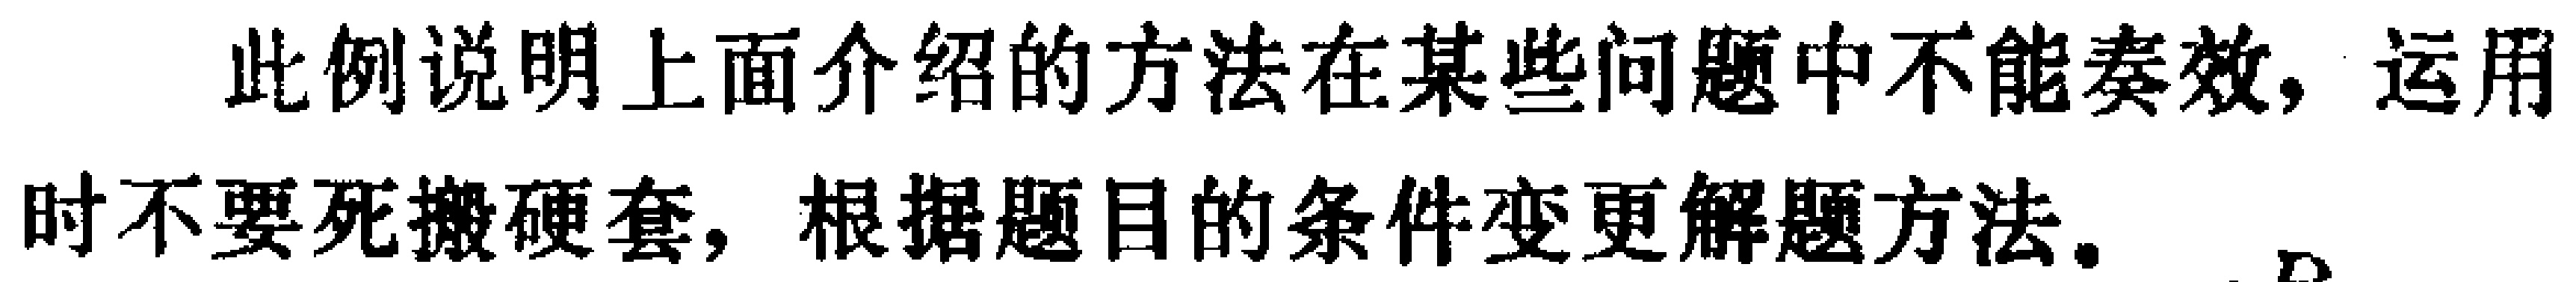
此例说明上面介绍的方法在某些问题中不能奏效，运用时不要死搬硬套，根据题目的条件变更解题方法。